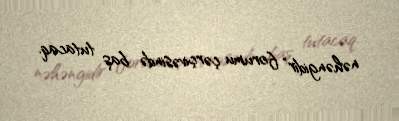
nəhəngidir" forumu çərçivəsində baş tutacaq.